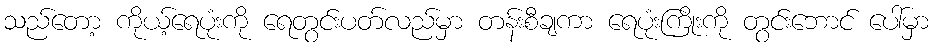
သည်တော့ ကိုယ့်ရေပုံးကို ရေတွင်းပတ်လည်မှာ တန်းစီချကာ ရေပုံးကြိုးကို တွင်းဘောင် ပေါ်မှာ